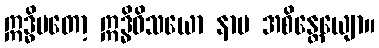
ဣဒ္ဓိမတော့ ဣဒ္ဓိဝိသယော နာမ အစိန္တေယျော။